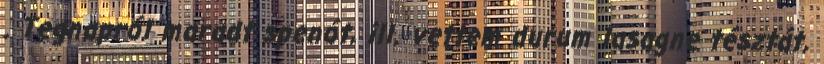
. Tegnapról maradt spenót, ill. vettem durum lasagne tésztát,